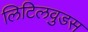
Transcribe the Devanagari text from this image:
लिटिलवुडस